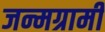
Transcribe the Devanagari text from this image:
जन्मग्रामी